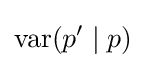
\operatorname {var} (p'\mid p)